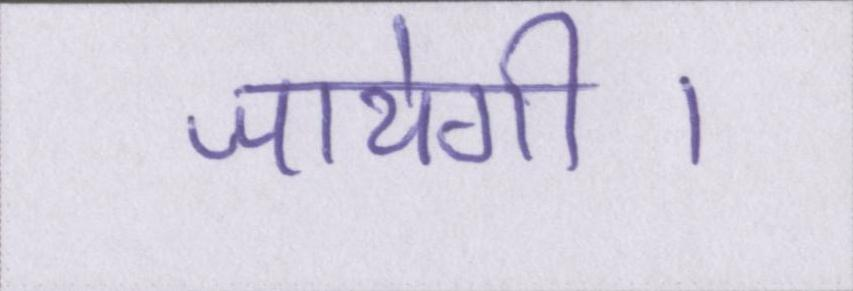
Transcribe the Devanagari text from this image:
जायेगी।